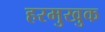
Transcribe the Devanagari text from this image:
हरमुखुक